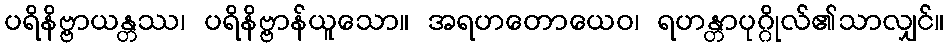
ပရိနိဗ္ဗာယန္တဿ၊ ပရိနိဗ္ဗာန်ယူသော။ အရဟတောယေဝ၊ ရဟန္တာပုဂ္ဂိုလ်၏သာလျှင်။